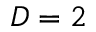
D = 2